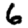
Digit: 6